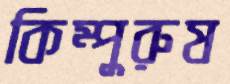
কিম্পুরুষ